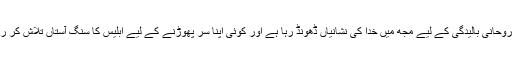
کوئی روحانی بالیدگی کے لیے مجھ میں خدا کی نشانیاں ڈھونڈ رہا ہے اور کوئی اپنا سر پھوڑنے کے لیے ابلیس کا سنگِ آستاں تلاش کر رہا ہے۔